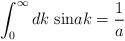
LaTeX: \begin{align*}\int_0^{\infty}dk\;{\rm sin}ak=\frac{1}{a}\end{align*}